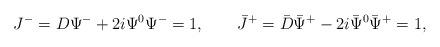
LaTeX: \begin{align*}J^{-}=D\Psi^{-}+2i\Psi^0\Psi^-=1, \qquad\bar J^{+}=\bar D\bar\Psi^{+}-2i\bar\Psi^0\bar\Psi^+=1,\end{align*}